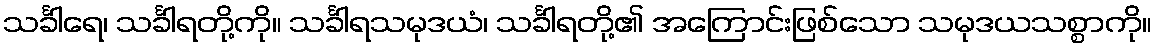
သင်္ခါရေ၊ သင်္ခါရတို့ကို။ သင်္ခါရသမုဒယံ၊ သင်္ခါရတို့၏ အကြောင်းဖြစ်သော သမုဒယသစ္စာကို။